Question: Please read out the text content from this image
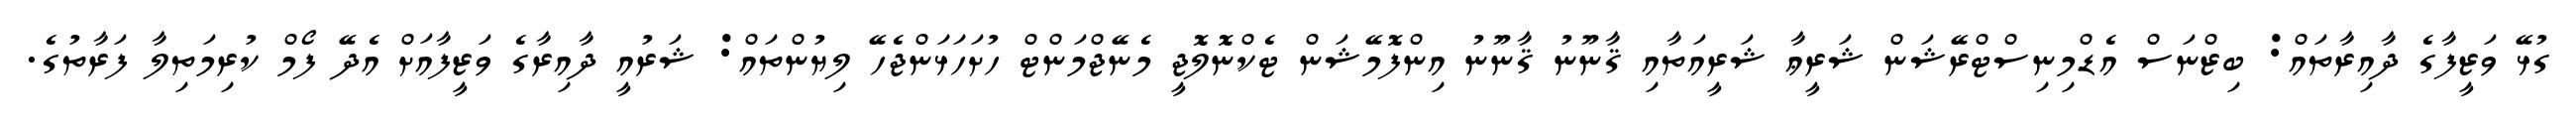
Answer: ގުޅޭ ވަޒީފާގެ ދާއިރާތައް: ބިޒްނަސް އެޑްމިނިސްޓްރޭޝަން ޝަރީޢާ ޝަރީއަތާއި ޤާނޫނު ޤާނޫނު އިންފޮމޭޝަން ޓެކްނޮލޮޖީ މެނޭޖްމަންޓް ހުށަހަޅަންޖެހޭ ލިޔުންތައް: ޝަރުއީ ދާއިރާގެ ވަޒީފާއަށް އެދޭ ފޯމް ކުރިމަތިލާ ފަރާތުގެ.